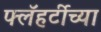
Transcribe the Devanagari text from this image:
फ्लॅहर्टीच्या